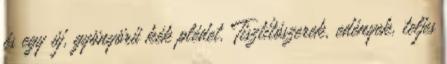
és egy új, gyönyörű kék plédet. Tisztítószerek, edények, teljes